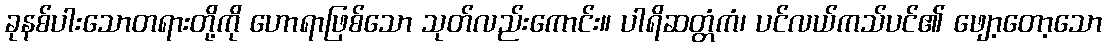
ခုနစ်ပါးသောတရားတို့ကို ဟောရာဖြစ်သော သုတ်လည်းကောင်း။ ပါရိဆတ္တံကံ၊ ပင်လယ်ကသ်ပင်၏ ဖျော့တော့သော